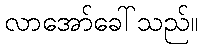
လာအော်ခေါ်သည်။